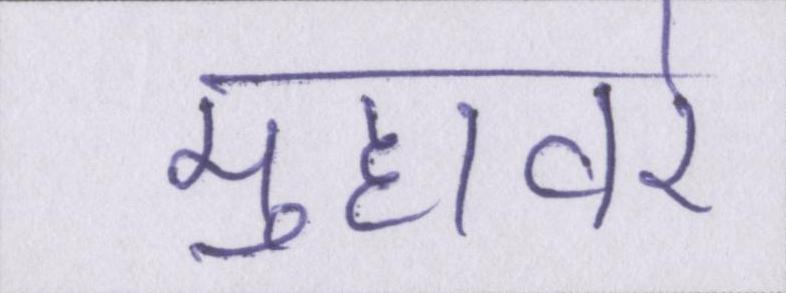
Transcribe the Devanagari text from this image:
मुहावरे